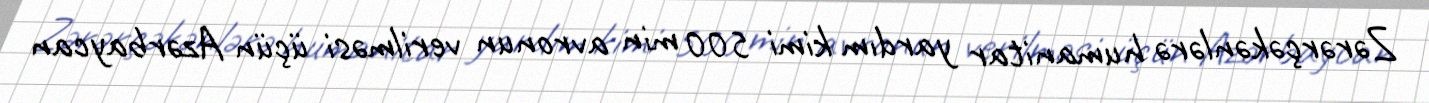
Zərərçəkənlərə humanitar yardım kimi 500 min avronun verilməsi üçün Azərbaycan